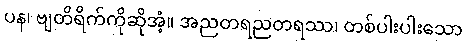
ပန၊ ဗျတိရိက်ကိုဆိုအံ့။ အညတရညတရဿ၊ တစ်ပါးပါးသော